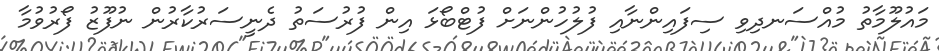
މައުލޫމާތު މުއްސަނދިވި ސިފައިންނާއި ފުލުހުންނަށް ފުޓްބޯޅަ އިން ފުރުސަތު ދެނީސަރުކާރުން ނުފޫޒު ފޯރުވުމާ